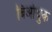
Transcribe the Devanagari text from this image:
बिओथुक